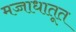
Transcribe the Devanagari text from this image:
मज्जाधातूत